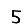
Digit: 5